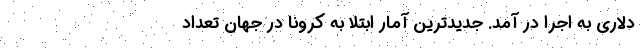
دلاری به اجرا در آمد. جدیدترین آمار ابتلا به کرونا در جهان تعداد